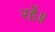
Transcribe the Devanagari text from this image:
रहें॥